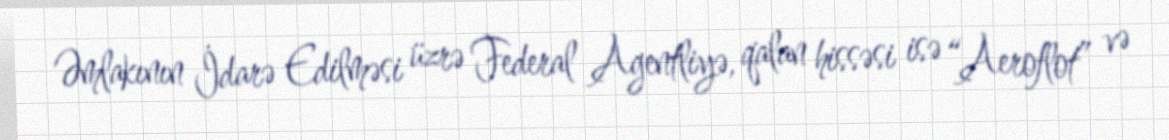
Əmlakının İdarə Edilməsi üzrə Federal Agentliyə, qalan hissəsi isə “Aeroflot” və